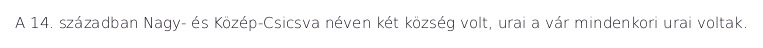
A 14. században Nagy- és Közép-Csicsva néven két község volt, urai a vár mindenkori urai voltak.